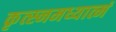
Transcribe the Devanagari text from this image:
कृत्स्नमध्यात्मं